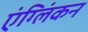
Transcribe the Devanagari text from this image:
एंग्लिंकन